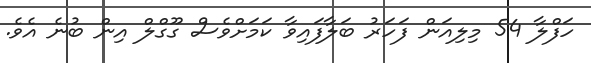
ހަފްލާ 54 މިލިއަން ފަހަރު ބަލާފައިވާ ކަމަށްވެސް ގޫގްލް އިން ބުނެ އެވެ.